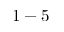
1 - 5